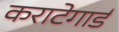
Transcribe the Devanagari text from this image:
कराटेगार्ड